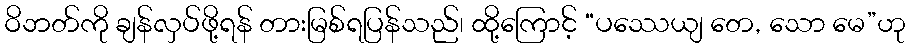
ဝိဘတ်ကို ချန်လှပ်ဖို့ရန် တားမြစ်ရပြန်သည်၊ ထို့ကြောင့် “ပဿေယျ တေ, သော မေ”ဟု